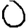
Digit: 0